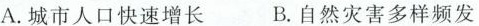
A.城市人口快速增长 B.自然灾害多样频发